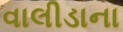
વાલીડાના